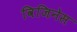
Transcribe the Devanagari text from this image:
विजिनेस